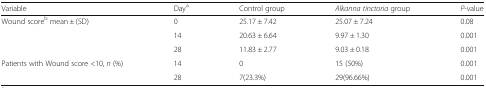
| Variable | Daya | Control group | Alkanna tinctoria group | P-value |
 | --- | --- | --- | --- | --- |
 | <ROWSPAN=3> Wound scoreb mean ± (SD) | 0 | 25.17 ± 7.42 | 25.07 ± 7.24 | 0.08 |
 | 14 | 20.63 ± 6.64 | 9.97 ± 1.30 | 0.001 |
 | 28 | 11.83 ± 2.77 | 9.03 ± 0.18 | 0.001 |
 | <ROWSPAN=2> Patients with Wound score <10, n (%) | 14 | 0 | 15 (50%) | 0.001 |
 | 28 | 7(23.3%) | 29(96.66%) | 0.001 |